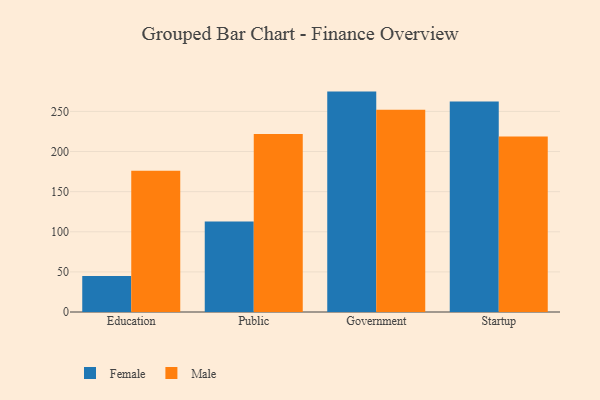
{"axis": {"x": "Segment", "y": "Bounce Rate (%)"}, "legend": ["Female", "Male"], "data": [{"x": "Education", "y": 44.8, "type": "Female"}, {"x": "Education", "y": 176.1, "type": "Male"}, {"x": "Public", "y": 112.9, "type": "Female"}, {"x": "Public", "y": 221.7, "type": "Male"}, {"x": "Government", "y": 274.7, "type": "Female"}, {"x": "Government", "y": 252.2, "type": "Male"}, {"x": "Startup", "y": 262.3, "type": "Female"}, {"x": "Startup", "y": 218.8, "type": "Male"}]}